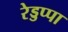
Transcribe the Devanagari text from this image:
रेड्डप्पा